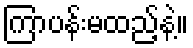
ကြာပန်းမထည့်နဲ့။